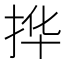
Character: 𫼧